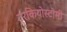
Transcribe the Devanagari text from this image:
ट्रकियोस्टोमी